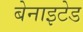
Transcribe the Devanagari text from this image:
बेनाइटेड